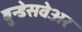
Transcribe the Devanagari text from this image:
बुन्डेसवेअर